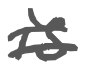
Text: is
Cross-out: double-line
Writing tool: digital_gray